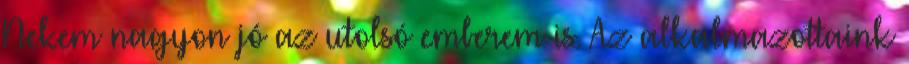
Nekem nagyon jó az utolsó emberem is. Az alkalmazottaink